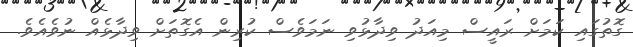
ގޮތުގައި ކަމަށް ރައީސް މިއަދު ވިދާޅުވި ނަމަވެސް ކުރިން އެގޮތަށް ވިދާޅެއް ނުވެއެވެ.